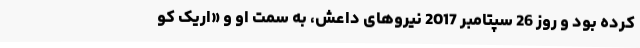
کرده بود و روز 26 سپتامبر 2017 نیروهای داعش، به سمت او و «اریک کو